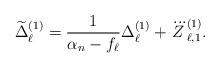
LaTeX: \begin{align*} \widetilde{\Delta}_\ell^{(1)}=\frac{1}{\alpha_n-f_\ell}\Delta_{\ell}^{(1)}+\dddot{Z}_{\ell,1}^{(1)}.\end{align*}